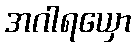
အဂါရယှော